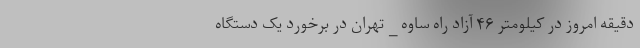
دقیقه امروز در کیلومتر ۴۶ آزاد راه ساوه _ تهران در برخورد یک دستگاه